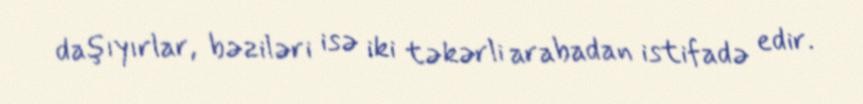
daşıyırlar, bəziləri isə iki təkərli arabadan istifadə edir.